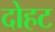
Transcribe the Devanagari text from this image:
दोहट